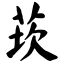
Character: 莰